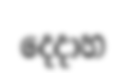
දෙදාහ